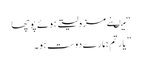
“ میںنے مزہ لیتے ہوئے پوچھا
” یار تم ہمارے دوست ہو۔